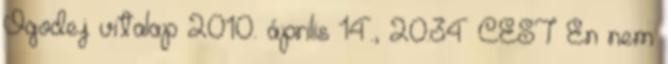
Ogodej vitalap 2010. április 14., 20:34 CEST Én nem